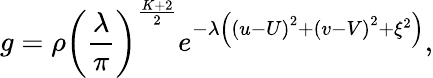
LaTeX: g=\rho{{\left(\frac{\lambda}{\pi}\right)}^{\frac{K+2}{2}}}{{e}^{-\lambda\left({{\left(u-U\right)}^{2}}+{{\left(v-V\right)}^{2}}+{{\xi}^{2}}\right)}},